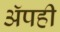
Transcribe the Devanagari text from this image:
अॅपही